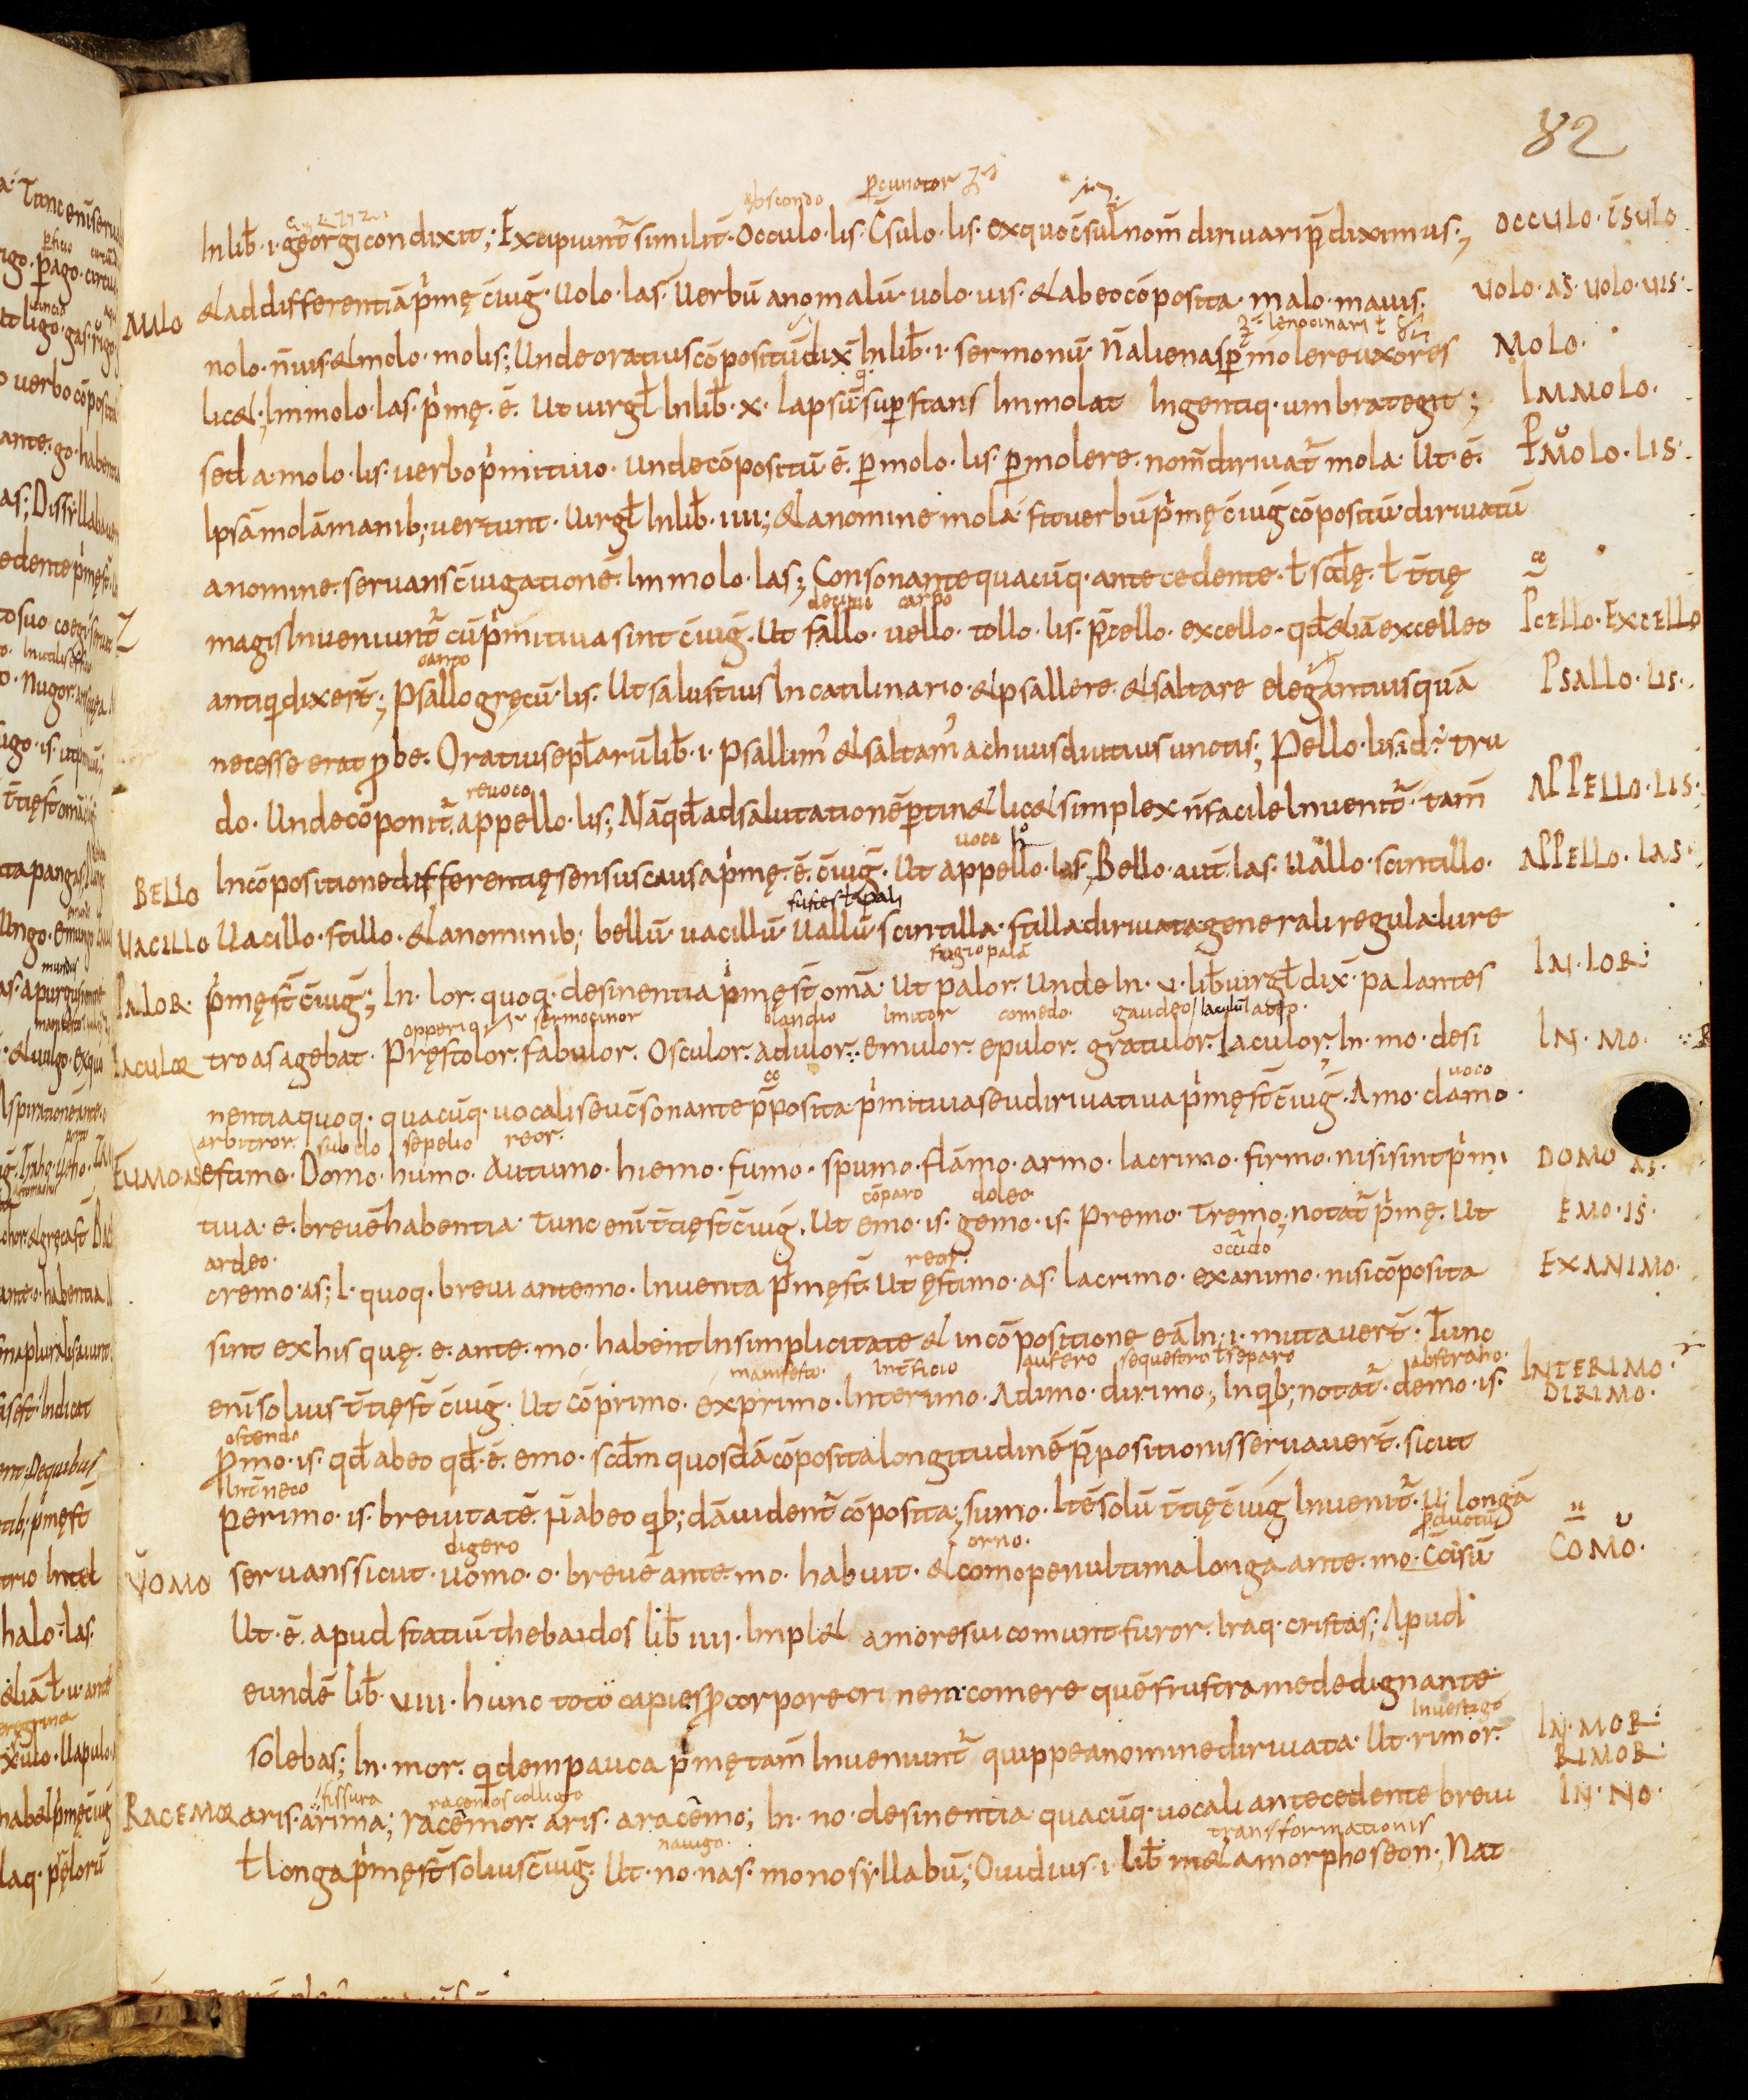
Shelfmark: Bamberg, Staatsbibliothek, MS Class. 30
Century: 9